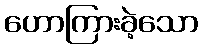
ဟောကြားခဲ့သော